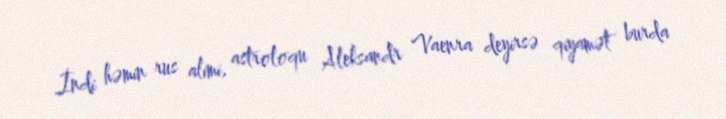
İndi həmin rus alimi, astroloqu Aleksandr Vaenra deyirsə qiyamət burda